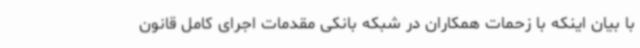
با بیان اینکه با زحمات همکاران در شبکه بانکی مقدمات اجرای کامل قانون